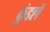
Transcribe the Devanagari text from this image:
कुंडलें